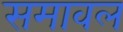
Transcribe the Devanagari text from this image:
समावल